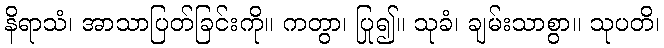
နိရာသံ၊ အာသာပြတ်ခြင်းကို။ ကတွာ၊ ပြု၍။ သုခံ၊ ချမ်းသာစွာ။ သုပတိ၊